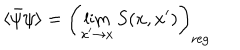
\langle \bar { \psi } \psi \rangle = \left( \lim _ { x ^ { \prime } \rightarrow x } S ( x , x ^ { \prime } ) \right) _ { \mathrm { r e g } }